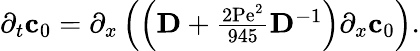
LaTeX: \begin{array}{r}{\partial_{t}\mathbf{c}_{0}=\partial_{x}\left(\left(\mathbf{D}+\frac{\mathrm{2Pe}^{2}}{945}\mathbf{D}^{-1}\right)\partial_{x}\mathbf{c}_{0}\right).}\end{array}